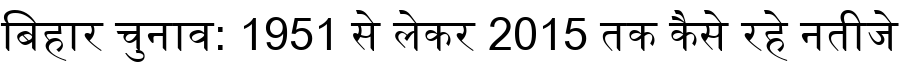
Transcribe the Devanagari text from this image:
बिहार चुनाव: 1951 से लेकर 2015 तक कैसे रहे नतीजे